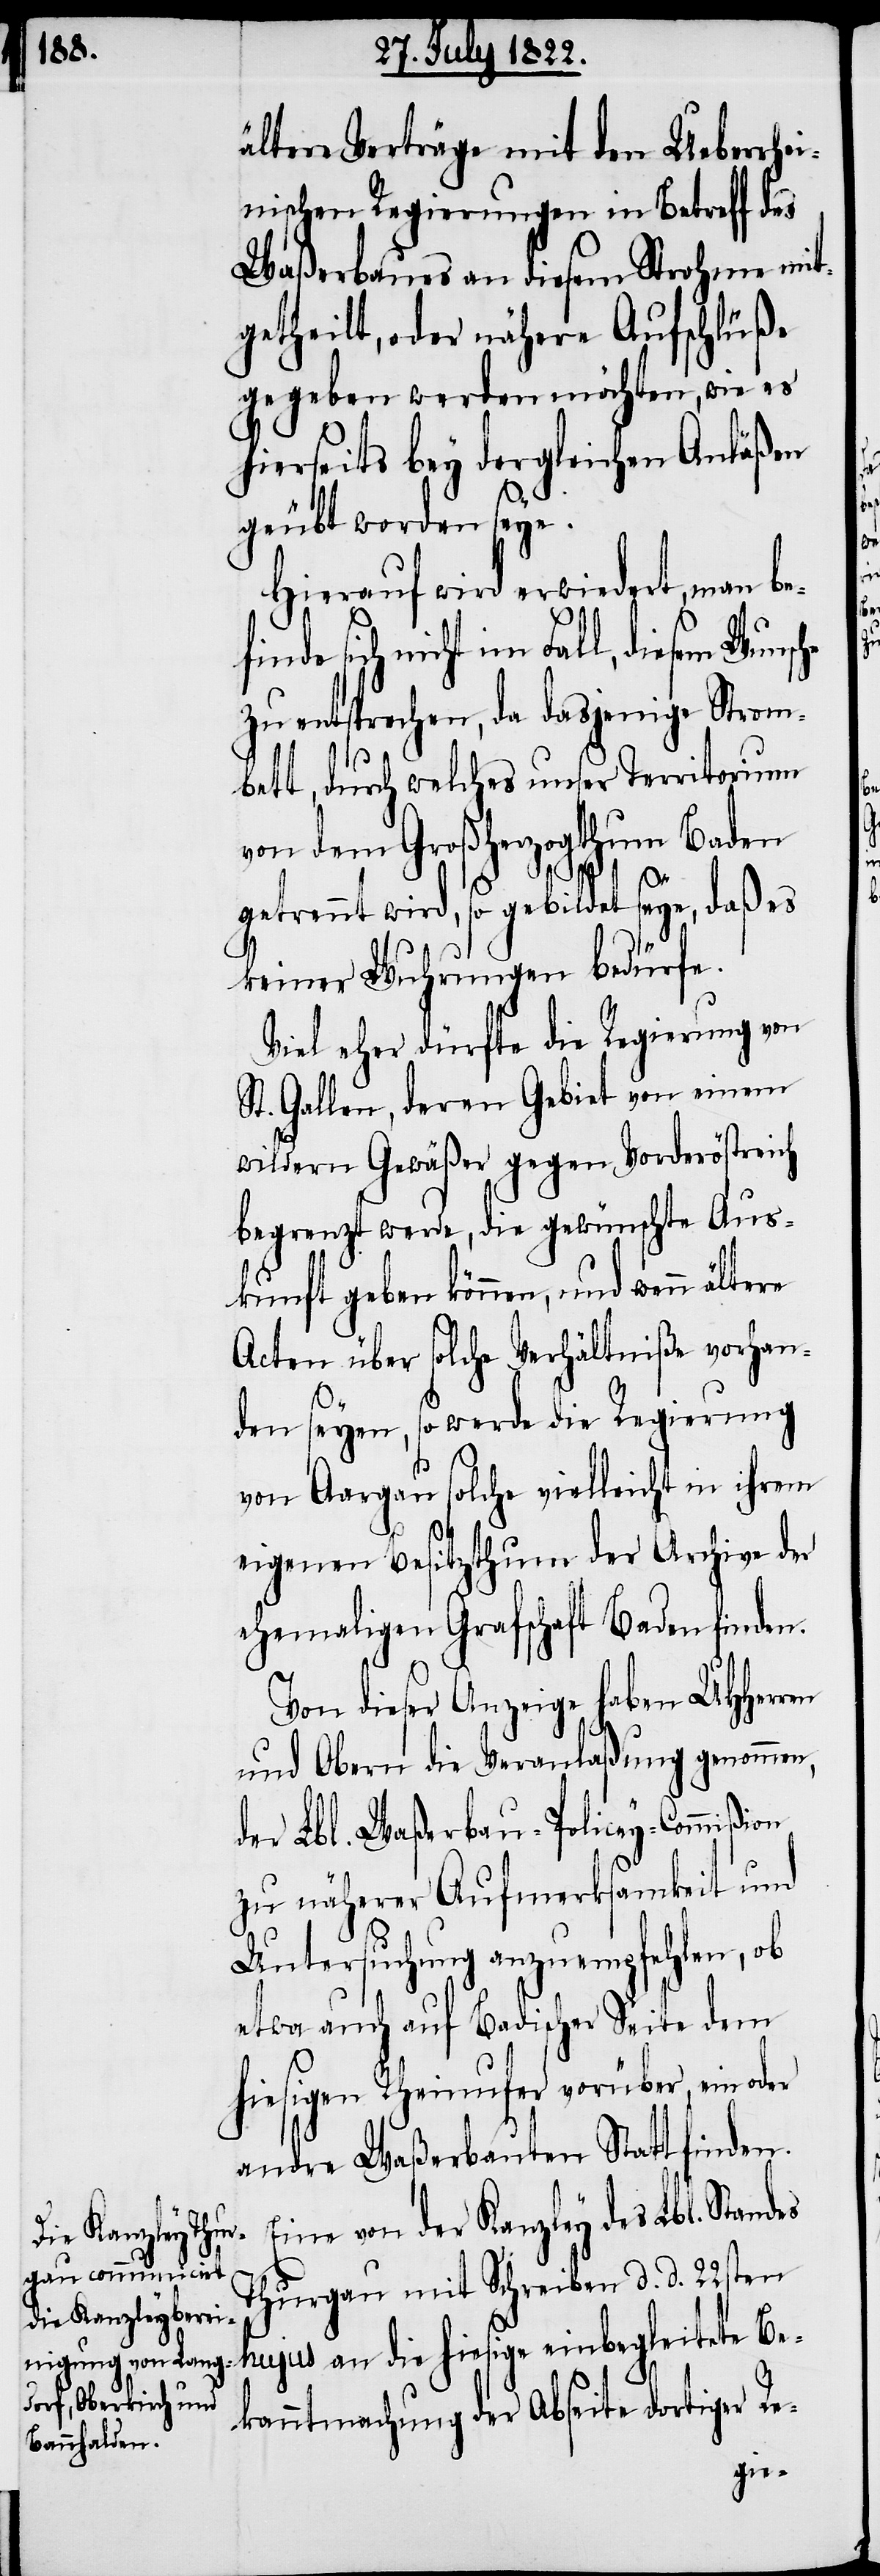
ältere Verträge mit den Ueberrhe¬
inischen Regierungen in Betreff des
Waßerbaues von diesem Strohme mit¬
getheilt, oder nähere Aufschlüße
gegeben werden möchten, wie es
hierseits bey dergleichen Anläßen
geübt worden seye.
Hierauf wird erwiedert, man be¬
finde sich nicht im Fall,
zu entsprechen, da dasjenige Strom¬
bett, durch welches unser Territorium
von dem Großherzogthum Baden
getrennt wird, so gebildet seye, daß es
keiner Wuhrungen bedürfe.
Viel eher dürfte die Regierung von
St. Gallen, deren Gebiet von einem
wildern Gewäßer gegen Vorderösterre¬
begrenzt werde, die gewünschte Aus¬
kunft geben können, und wenn
Acten über solche Verhältniße vorhan¬
ich
den seyen, so werde die Regierung
von Aargau solche vielleicht in ihrem
eigenen Besitzthum der Archive der
ehemaligen Grafschaft Baden finden.
Von dieser Anzeige haben UHHerrn
und Obern die Veranlaßung genommen,
der Lbl. Waßerbau-Policey-Commißion
zu näherer Aufmerksamkeit und
Untersuchung anzuempfehlen, ob
etwa auch auf Badischer Seite dem
hiesigen Rheinufer vorüber, ein
andre Waßerbauten Statt finden.
Eine von der Kanzley des Lbl. Standes
Thurgau mit Schreiben d. d. 22sten
hujus an die hiesige einbegleitete Be¬
kanntmachung der Abseite dortiger Re-